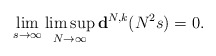
\begin{align*}\lim_{s\to \infty} \limsup_{N\to \infty} {\bf d}^{N,k}(N^2s)=0.\end{align*}